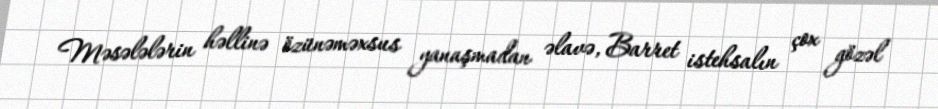
Məsələlərin həllinə özünəməxsus yanaşmadan əlavə, Barret istehsalın çox gözəl